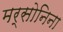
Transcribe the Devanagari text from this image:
मर्सोनिना